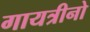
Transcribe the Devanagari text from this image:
गायत्रीनो